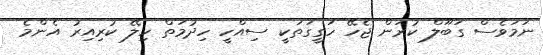
ނަމަވެސް ގަބޫލް ކުރަން ޖެހޭ ހަގީގަތަކީ ސިއްހީ ހިދުމަތް ހިލޭ ކުރިއިރު އެންމެ